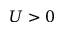
U > 0